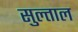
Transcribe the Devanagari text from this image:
सुल्ताल